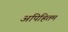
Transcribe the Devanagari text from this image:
अपिहितम